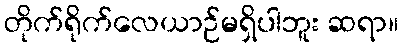
တိုက်ရိုက်လေယာဉ်မရှိပါဘူး ဆရာ။